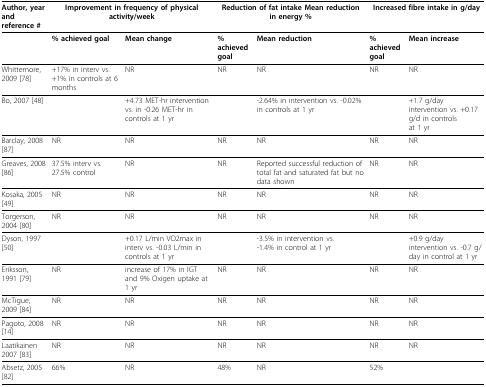
<table><thead><tr><td><b>Author, year and reference #</b></td><td colspan="2"><b>Improvement in frequency of physical activity/week</b></td><td colspan="2"><b>Reduction of fat intake Mean reduction in energy %</b></td><td colspan="2"><b>Increased fibre intake in g/day</b></td></tr></thead><tbody><tr><td></td><td><b>% achieved goal</b></td><td><b>Mean change</b></td><td><b>% achieved goal</b></td><td><b>Mean reduction</b></td><td><b>% achieved goal</b></td><td><b>Mean increase</b></td></tr><tr><td>Whittemore, 2009 [78]</td><td>+17% in interv vs. +1% in controls at 6 months</td><td>NR</td><td>NR</td><td>NR</td><td>NR</td><td>NR</td></tr><tr><td>Bo, 2007 [48]</td><td></td><td>+4.73 MET-hr intervention vs. in -0.26 MET-hr in controls at 1 yr</td><td></td><td>-2.64% in intervention vs. -0.02% in controls at 1 yr</td><td></td><td>+1.7 g/day intervention vs. +0.17 g/d in controlsat 1 yr</td></tr><tr><td>Barclay, 2008 [87]</td><td>NR</td><td>NR</td><td>NR</td><td>NR</td><td>NR</td><td>NR</td></tr><tr><td>Greaves, 2008 [86]</td><td>37.5% interv vs. 27.5% control</td><td>NR</td><td>NR</td><td>Reported successful reduction of total fat and saturated fat but no data shown</td><td>NR</td><td>NR</td></tr><tr><td>Kosaka, 2005 [49]</td><td>NR</td><td>NR</td><td>NR</td><td>NR</td><td>NR</td><td>NR</td></tr><tr><td>Torgerson, 2004 [80]</td><td>NR</td><td>NR</td><td>NR</td><td>NR</td><td>NR</td><td>NR</td></tr><tr><td>Dyson, 1997 [50]</td><td></td><td>+0.17 L/min VO2max in interv vs. -0.03 L/min in controls at 1 yr</td><td></td><td>-3.5% in intervention vs.-1.4% in control at 1 yr</td><td></td><td>+0.9 g/day intervention vs. -0.7 g/day in control at 1 yr</td></tr><tr><td>Eriksson, 1991 [79]</td><td>NR</td><td>increase of 17% in IGT and 9% Oxigen uptake at 1 yr</td><td>NR</td><td>NR</td><td>NR</td><td>NR</td></tr><tr><td>McTigue, 2009 [84]</td><td>NR</td><td>NR</td><td>NR</td><td>NR</td><td>NR</td><td>NR</td></tr><tr><td>Pagoto, 2008 [14]</td><td>NR</td><td>NR</td><td>NR</td><td>NR</td><td>NR</td><td>NR</td></tr><tr><td>Laatikainen 2007 [83]</td><td>NR</td><td>NR</td><td>NR</td><td>NR</td><td>NR</td><td>NR</td></tr><tr><td>Absetz, 2005 [82]</td><td>66%</td><td>NR</td><td>48%</td><td>NR</td><td>52%</td><td></td></tr></tbody></table>